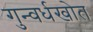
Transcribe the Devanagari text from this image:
गुन्वर्धखोत